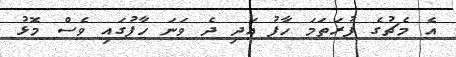
އެ މެޗުގެ ފުރަތަމަ ހާފު އަދި ދެ ވަނަ ހާފުގައި ވެސް މޮޅު